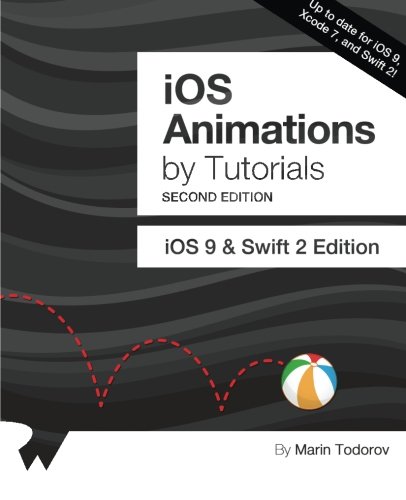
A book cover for iOS Animations by Tutorials Second Edition: iOS 9 & Swift 2 Edition; Marin Todorov; Computers & Technology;